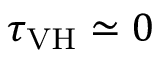
\tau _ { \mathrm { V H } } \simeq 0